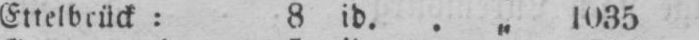
Ettelbrück: 8 id. .„ 1035